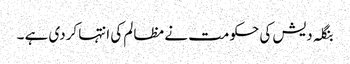
بنگلہ دیش کی حکومت نے مظالم کی انتہا کردی ہے ۔